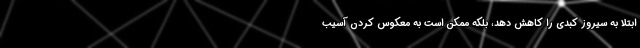
ابتلا به سیروز کبدی را کاهش دهد، بلکه ممکن است به معکوس کردن آسیب